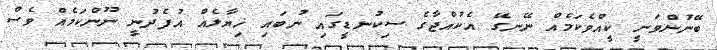
ބޭނުންވަނީ ކީއްވެކަމެއް ނޭނގޭ އެކުއްޖާގެ ސިކުނޑީގައި ނުބައި ޚިޔާލެއް އުފެދުނީ ނޫންކަމެއް ވެސް